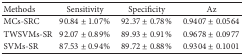
<table><thead><tr><td><b>Methods</b></td><td><b>Sensitivity</b></td><td><b>Specificity</b></td><td><b>Az</b></td></tr></thead><tbody><tr><td>MCs-SRC</td><td>90.84 ± 1.07%</td><td>92.37 ± 0.78%</td><td>0.9407 ± 0.0564</td></tr><tr><td>TWSVMs-SR</td><td>92.07 ± 0.89%</td><td>89.93 ± 0.91%</td><td>0.9678 ± 0.0977</td></tr><tr><td>SVMs-SR</td><td>87.53 ± 0.94%</td><td>89.72 ± 0.88%</td><td>0.9304 ± 0.1001</td></tr></tbody></table>